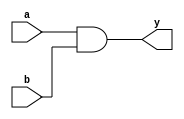
`timescale 1ns / 1ps
//////////////////////////////////////////////////////////////////////////////////
// Company: 
// Engineer: 
// 
// Design Name: 
// Module Name: gate_and
// Project Name: 
// Target Devices: 
// Tool Versions: 
// Description: 
// 
// Dependencies: 
// 
// Revision:
// Revision 0.01 - File Created
// Additional Comments:
// 
//////////////////////////////////////////////////////////////////////////////////


module gate_and(
    input a,
    input b,
    output y
    );
    
    assign y=a & b;
    
endmodule